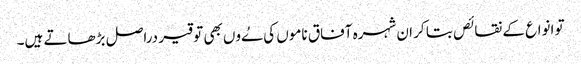
تو انواع کے نقائص بتا کر ان شہرہ آفاق ناموں کی ےُوں بھی توقیر دراصل بڑھاتے ہیں۔